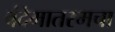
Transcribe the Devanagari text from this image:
वंदेमातरमचा